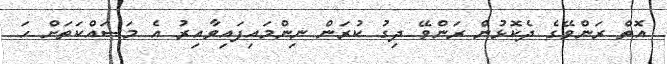
އޮތް ރަންވޭގެ ދެކޮޅުން ރަންވޭ ދިގު ކުރަން ނިންމައިފައިވާއިރު އެ މަސައްކަތަށް ހަ